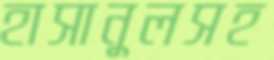
হাসানুলসহ